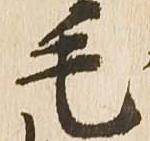
毛